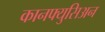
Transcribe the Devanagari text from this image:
कानफ्युसिअन